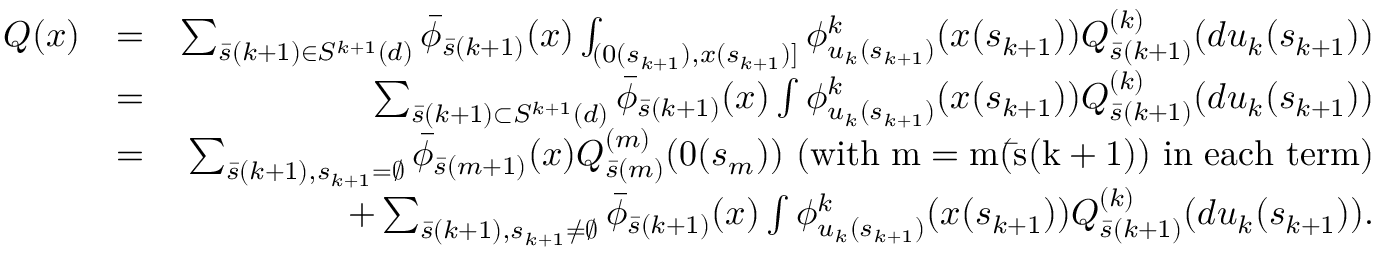
\begin{array} { r l r } { Q ( x ) } & { = } & { \sum _ { \bar { s } ( k + 1 ) \in { \cal S } ^ { k + 1 } ( d ) } \bar { \phi } _ { \bar { s } ( k + 1 ) } ( x ) \int _ { ( 0 ( s _ { k + 1 } ) , x ( s _ { k + 1 } ) ] } \phi _ { u _ { k } ( s _ { k + 1 } ) } ^ { k } ( x ( s _ { k + 1 } ) ) Q _ { \bar { s } ( k + 1 ) } ^ { ( k ) } ( d u _ { k } ( s _ { k + 1 } ) ) } \\ & { = } & { \sum _ { \bar { s } ( k + 1 ) \subset { \cal S } ^ { k + 1 } ( d ) } \bar { \phi } _ { \bar { s } ( k + 1 ) } ( x ) \int \phi _ { u _ { k } ( s _ { k + 1 } ) } ^ { k } ( x ( s _ { k + 1 } ) ) Q _ { \bar { s } ( k + 1 ) } ^ { ( k ) } ( d u _ { k } ( s _ { k + 1 } ) ) } \\ & { = } & { \sum _ { \bar { s } ( k + 1 ) , s _ { k + 1 } = \emptyset } \bar { \phi } _ { \bar { s } ( m + 1 ) } ( x ) Q _ { \bar { s } ( m ) } ^ { ( m ) } ( 0 ( s _ { m } ) ) \mathrm { ~ ( w i t h ~ m = m ( \bar { s } ( k + 1 ) ) ~ i n ~ e a c h ~ t e r m ) } } \\ & { } & { + \sum _ { \bar { s } ( k + 1 ) , s _ { k + 1 } \not = \emptyset } \bar { \phi } _ { \bar { s } ( k + 1 ) } ( x ) \int \phi _ { u _ { k } ( s _ { k + 1 } ) } ^ { k } ( x ( s _ { k + 1 } ) ) Q _ { \bar { s } ( k + 1 ) } ^ { ( k ) } ( d u _ { k } ( s _ { k + 1 } ) ) . } \end{array}